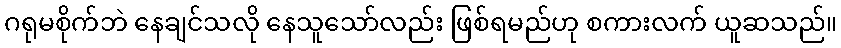
ဂရုမစိုက်ဘဲ နေချင်သလို နေသူသော်လည်း ဖြစ်ရမည်ဟု စကားလက် ယူဆသည်။